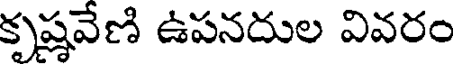
కృష్ణవేణి ఉపనదుల వివరం